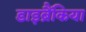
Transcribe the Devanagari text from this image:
डाइब्रैंकिया